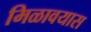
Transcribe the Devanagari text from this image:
मिळावयास